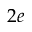
2 e